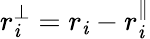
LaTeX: r_{\mathit{i}}^{\perp}=r_{\mathit{i}}-r_{\mathit{i}}^{\parallel}